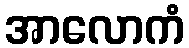
အာလောကံ